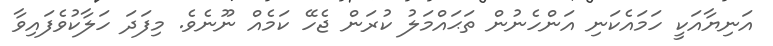
އަނިޔާއަކީ ހަމައެކަނި އަންހެނުން ތަޙައްމަލު ކުރަން ޖެހޭ ކަމެއް ނޫނެވެ. މިފަދަ ހަލާކުވެފައިވާ